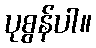
ပုစွန်ပါ။